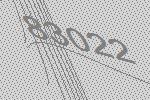
83022